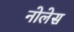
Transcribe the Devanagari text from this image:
नोलेस